Indian journal of veterinary science and animal husbandry - Volume 3,
Year: 1933
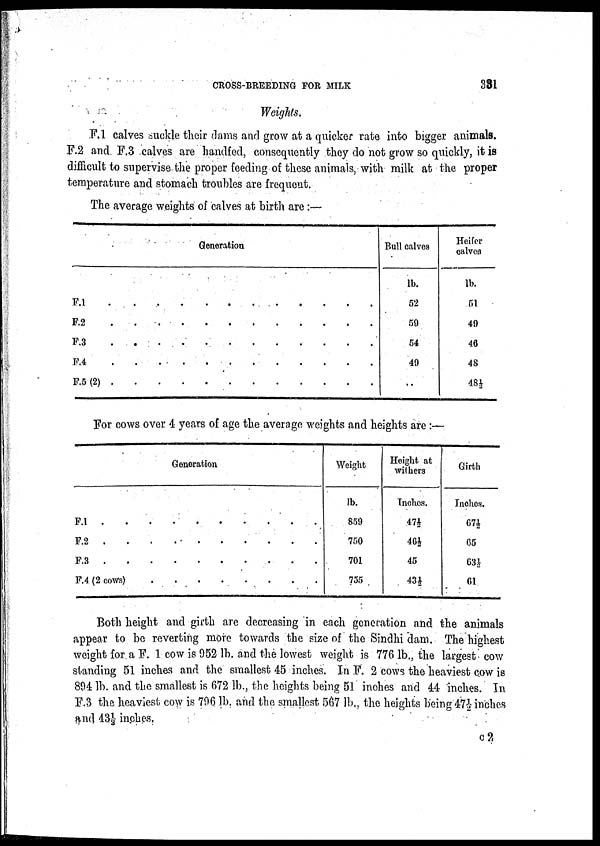
CROSS-BREEDING FOR MILK
381
Weights.
F.1 calves suckle their dams and grow at a quicker rate into bigger animals.
F.2 and. F.3 calves are handfed, consequently they do not grow so quickly, it is
difficult to supervise the proper feeding of these animals, with milk at the proper
temperature and stomach troubles are frequent.
The average weights of calves at birth are:—
F.1 . .
F.2
F.3
F.4
F.5 (2) .
Generation
. . . . . . . . . .
. . . . . . . . . .
. . . . . . . . . .
. . . . . . . . . .
. . . . . . . . . .
Bull calves
lb.
52
59
54
49
. .
Heifer
calves
lb.
51
49
46
48
48½
For cows over 4 years of age the average weights and heights are :—
Generation
F.l
F.2........
F.3........
F.4(2cows)
Weight
lb.
859
750
701
755
Height at
withers
Inches.
47½
46½
45
43½
Girth
Inches.
67½
65
63½
61
Both height and girth are decreasing in each generation and the animals
appear to be reverting more towards the size of the Sindhi dam. The highest
weight for a F. 1 cow is 952 lb. and the lowest weight is 776 lb., the largest cow
standing 51 inches and the smallest 45 inches. In F. 2 cows the heaviest cow is
894 lb. and the smallest is 672 lb., the heights being 51 inches and 44 inches. In
F.3 the heaviest cow is 796 lb, and the smallest 567 lb., the heights being 47½ inches
and 43 ½ inches.
C 2